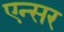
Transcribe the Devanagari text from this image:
एन्सर